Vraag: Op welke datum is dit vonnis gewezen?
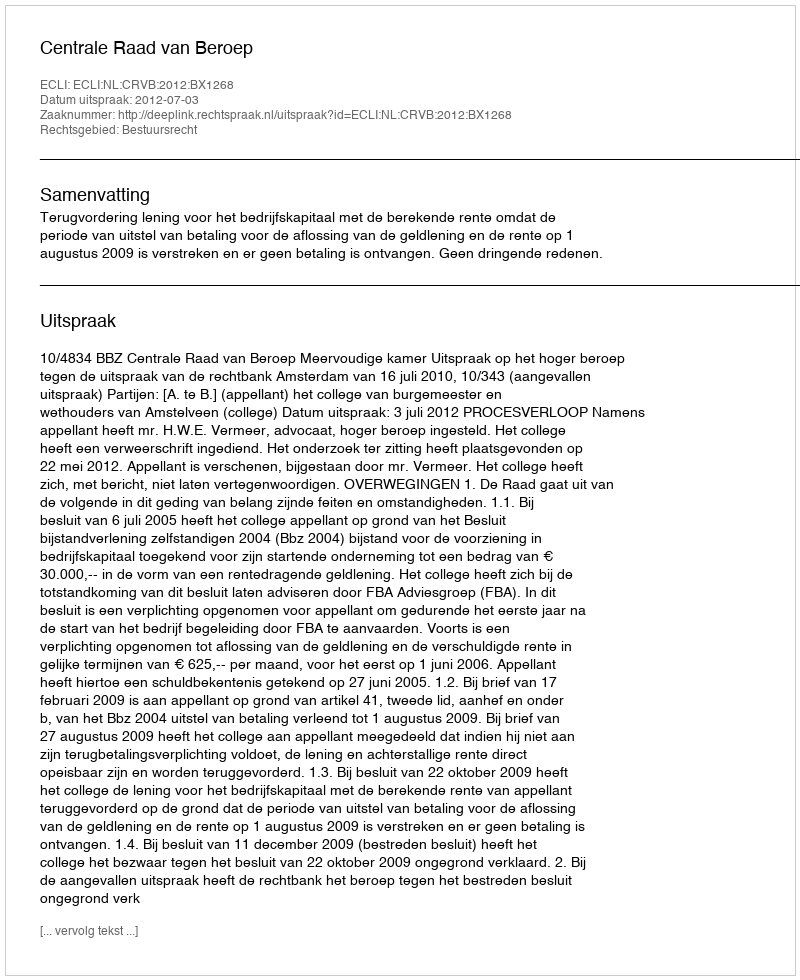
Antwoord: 2012-07-03